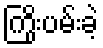
ကြိုးပမ်းခဲ့